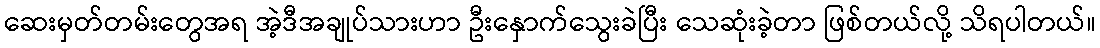
ဆေးမှတ်တမ်းတွေအရ အဲ့ဒီအချုပ်သားဟာ ဦးနှောက်သွေးခဲပြီး သေဆုံးခဲ့တာ ဖြစ်တယ်လို့ သိရပါတယ်။